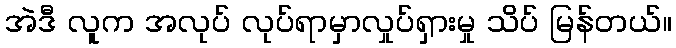
အဲဒီ လူက အလုပ် လုပ်ရာမှာလှုပ်ရှားမှု သိပ် မြန်တယ်။